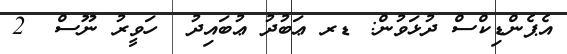
އެޕެންޑިކްސް ދުޅަވުން: ޑރ ޢަބުދު ޢުބައިދު  ހަވީރު ނޫސް  2